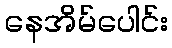
နေအိမ်ပေါင်း